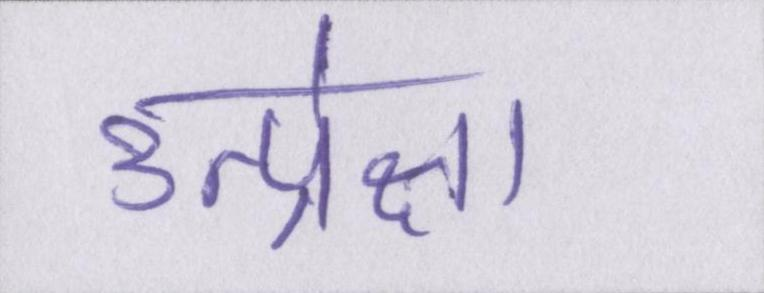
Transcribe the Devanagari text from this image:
उत्प्रेक्षा